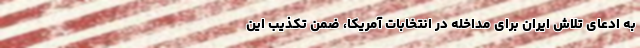
به ادعای تلاش ایران برای مداخله در انتخابات آمریکا، ضمن تکذیب این